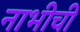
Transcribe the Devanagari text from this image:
नाभीची